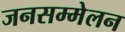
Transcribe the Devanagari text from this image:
जनसम्मेलन